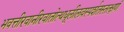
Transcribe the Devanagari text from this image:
भवत्तीरवानीरवातोत्थधूलीलवस्पर्शतस्तत्क्षणं